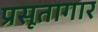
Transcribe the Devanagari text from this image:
प्रसूतागार